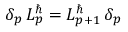
\delta _ { p } \, { \cal L } _ { p } ^ { \hbar } = { \cal L } _ { p + 1 } ^ { \hbar } \, \delta _ { p }